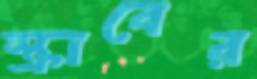
স্ক্রাবের